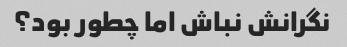
نگرانش نباش اما چطور بود؟